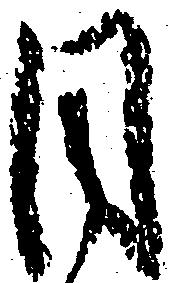
目